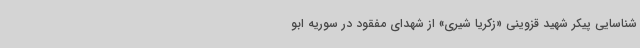
شناسایی پیکر شهید قزوینی «زکریا شیری» از شهدای مفقود در سوریه ابو